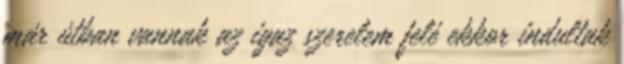
már útban vannak az igaz szerelem felé ekkor indultak